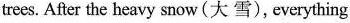
trees. After the heavy snow(大 雪), everything